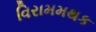
વિરામમથક